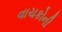
વાચકોની